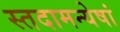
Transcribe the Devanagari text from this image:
स्तदामन्येषां